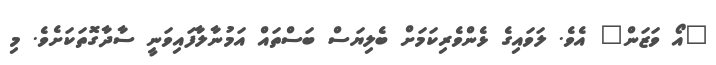
"އޯ ވަޒަން" އެވެ. ލަވައިގެ ޅެންވެރިކަމަށް ބެލިޔަސް ބަސްތައް އަމުނާލާފައިވަނީ ސާދާގޮތަކަށެވެ. މި